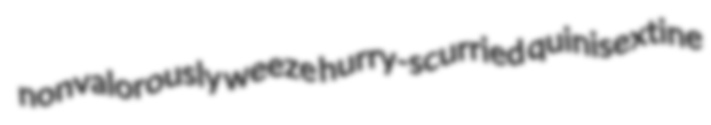
nonvalorously weeze hurry-scurried quinisextine